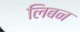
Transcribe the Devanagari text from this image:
लिबन